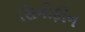
સિનોફોન